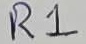
Text: R1